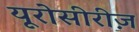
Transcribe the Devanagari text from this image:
यूरोसीरीज़